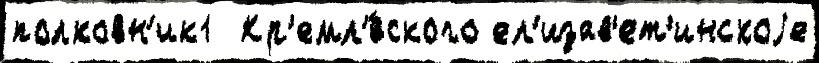
полковн'ик1  Кр'емл'́вского ел'изав'ет'инскоjе